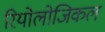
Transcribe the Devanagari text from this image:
रियोलोजिकल